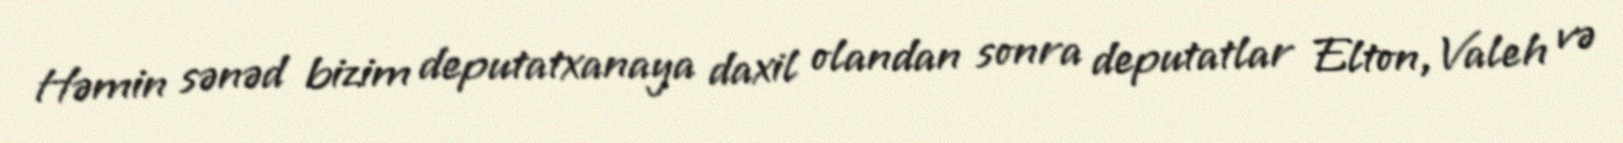
Həmin sənəd bizim deputatxanaya daxil olandan sonra deputatlar Elton, Valeh və